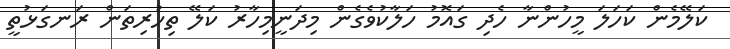
ކަލޭމެން ކަހަލަ މީހުންނާ ހެދި ގައޮމު ހަލާކުވެގެން މިދަނީމިހާރު ކަލޭ ތިހުރިތަން ރަނގަޅުތީ